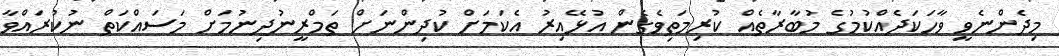
މިދެންނެވީ ވާހަކަދެއްކުމުގެ މުބާރާތެއް ކުރިމަތިވެގެން އުޅޭއިރު އެކަމަށް ކުދިންނަށް ތަމްރީނުދިނުމަށް މަސައްކަތް ނުކުރައްވާ